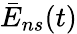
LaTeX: \bar{E}_{ns}(t)